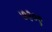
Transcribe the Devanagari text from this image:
७२०९